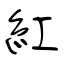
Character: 紅